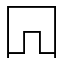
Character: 𠕄